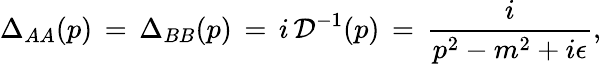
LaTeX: \Delta_{AA}(p)\, =\, \Delta_{BB}(p)\, =\, i\, {\cal D}^{-1}(p)\, =\, \frac{i}{p^{2}-m^{2}+i\epsilon},